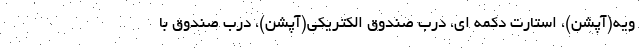
ویه(آپشن)، استارت دکمه ای، درب صندوق الکتریکی(آپشن)، درب صندوق با